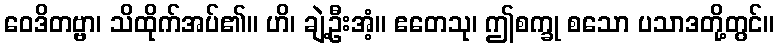
ဝေဒိတဗ္ဗာ၊ သိထိုက်အပ်၏။ ဟိ၊ ချဲ့ဦးအံ့။ ဧတေသု၊ ဤစက္ခု စသော ပသာဒတို့တွင်။